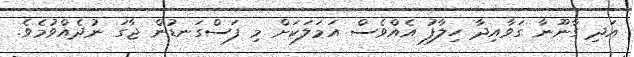
އަދި ގާނޫނާ ގަވާއިދާ ހިލާފު އެއްވެސް އަމަލަކަށް މި ފަސްގަނޑުން ޖާގަ ނުދެއްވުމެވެ.